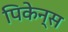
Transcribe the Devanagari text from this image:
पिकेन्स